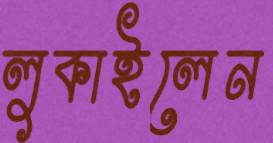
লুকাইলেন